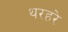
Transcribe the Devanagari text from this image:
थरहरे